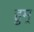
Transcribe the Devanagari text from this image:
हुम्